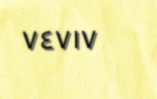
٧٤٧١٧